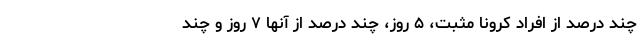
چند درصد از افراد کرونا مثبت، ۵ روز، چند درصد از آنها ۷ روز و چند